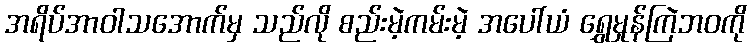
အရိပ်အာဝါသအောက်မှ သည်လို စည်းမဲ့ကမ်းမဲ့ အပေါ်ယံ ရွှေမှုန်ကြဲဘဝကို